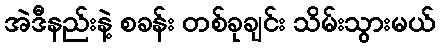
အဲဒီနည်းနဲ့ စခန်း တစ်ခုချင်း သိမ်းသွားမယ်